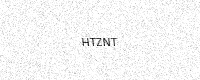
Text: HTZNT